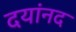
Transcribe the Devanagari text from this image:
दयांनद